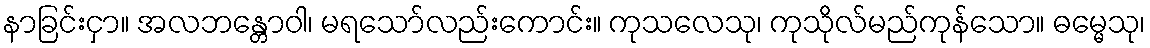
နာခြင်းငှာ။ အလဘန္တောဝါ၊ မရသော်လည်းကောင်း။ ကုသလေသု၊ ကုသိုလ်မည်ကုန်သော။ ဓမ္မေသု၊